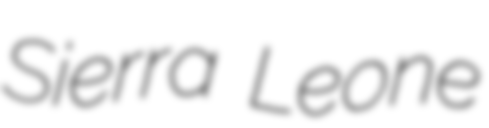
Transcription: Sierra Leone